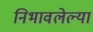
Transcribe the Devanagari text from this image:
निभावलेल्या